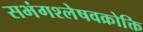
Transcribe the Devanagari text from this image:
सभंगश्लेषवक्रोक्ति